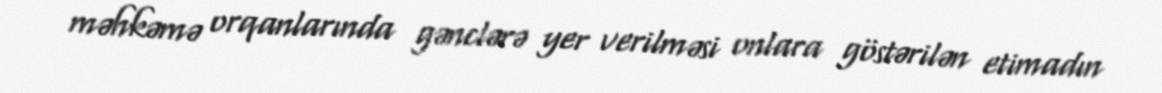
məhkəmə orqanlarında gənclərə yer verilməsi onlara göstərilən etimadın